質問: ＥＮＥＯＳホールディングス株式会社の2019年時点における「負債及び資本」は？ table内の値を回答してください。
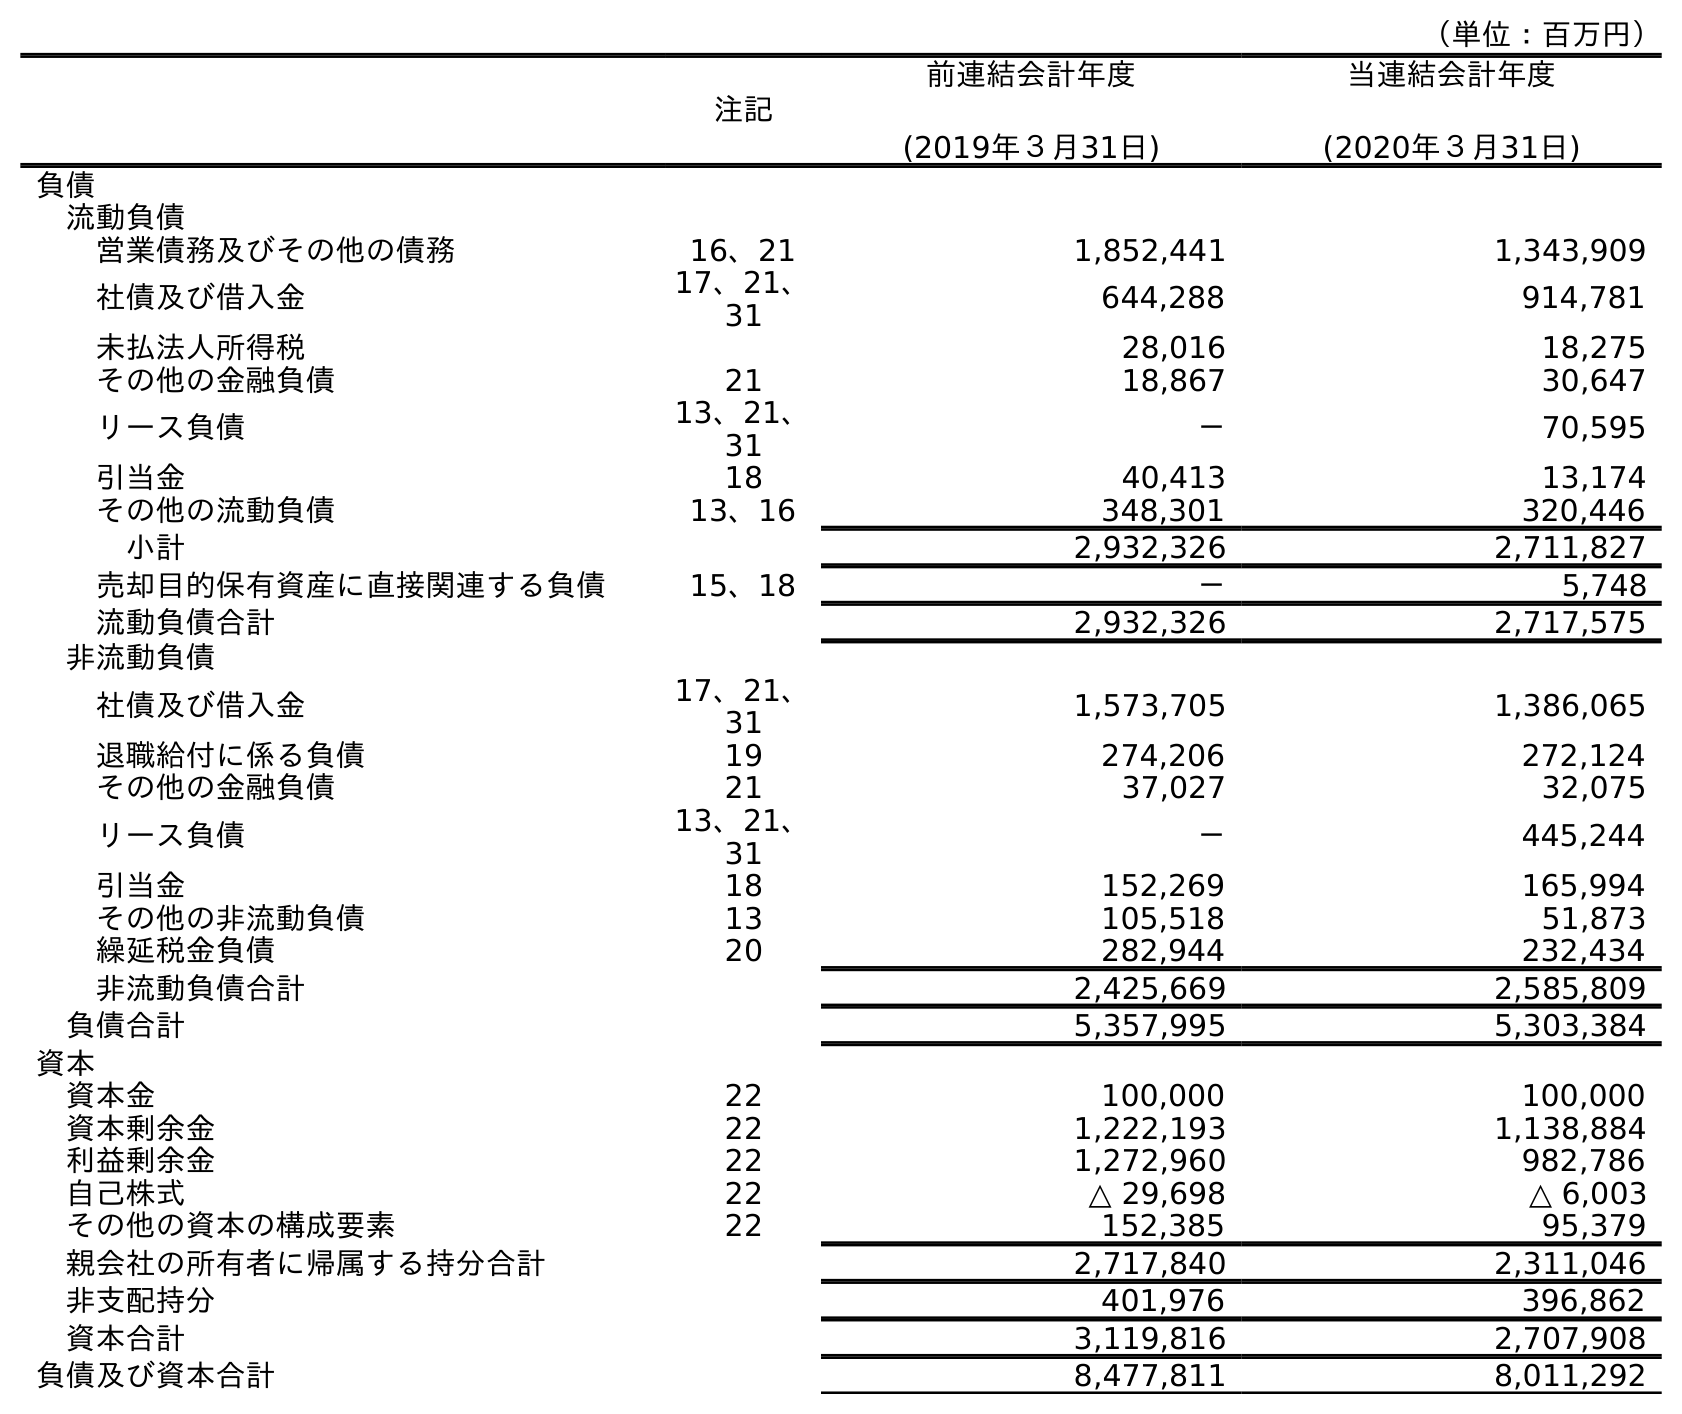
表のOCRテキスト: （単位：百万円） 注記 前連結会計年度 (2019年３月31日) 当連結会計年度 (2020年３月31日) 負債 流動負債 営業債務及びその他の債務 16、21 1,852,441 1,343,909 社債及び借入金 17、21、 31 644,288 914,781 未払法人所得税 28,016 18,275 その他の金融負債 21 18,867 30,647 リース負債 13、21、 31 － 70,595 引当金 18 40,413 13,174 その他の流動負債 13、16 348,301 320,446 小計 2,932,326 2,711,827 売却目的保有資産に直接関連する負債 15、18 － 5,748 流動負債合計 2,932,326 2,717,575 非流動負債 社債及び借入金 17、21、 31 1,573,705 1,386,065 退職給付に係る負債 19 274,206 272,124 その他の金融負債 21 37,027 32,075 リース負債 13、21、 31 － 445,244 引当金 18 152,269 165,994 その他の非流動負債 13 105,518 51,873 繰延税金負債 20 282,944 232,434 非流動負債合計 2,425,669 2,585,809 負債合計 5,357,995 5,303,384 資本 資本金 22 100,000 100,000 資本剰余金 22 1,222,193 1,138,884 利益剰余金 22 1,272,960 982,786 自己株式 22 △ 29,698 △ 6,003 その他の資本の構成要素 22 152,385 95,379 親会社の所有者に帰属する持分合計 2,717,840 2,311,046 非支配持分 401,976 396,862 資本合計 3,119,816 2,707,908 負債及び資本合計 8,477,811 8,011,292
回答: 8,477,811